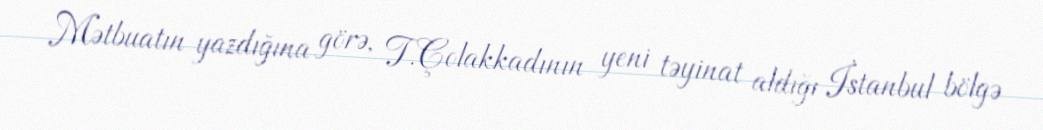
Mətbuatın yazdığına görə, T.Çolakkadının yeni təyinat aldığı İstanbul bölgə